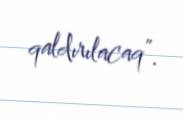
qaldırılacaq”.